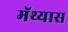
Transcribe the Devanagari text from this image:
मॅथ्यास